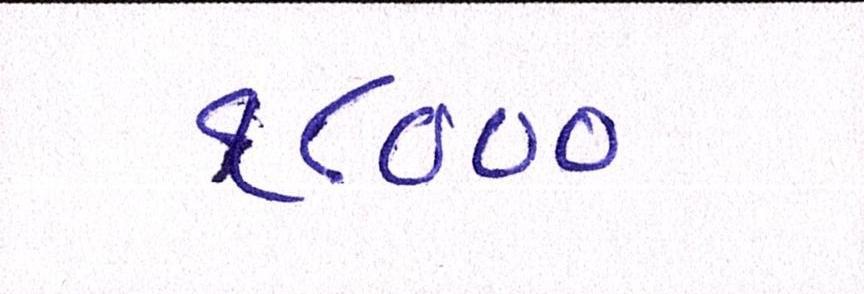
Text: ૧૮૦૦૦